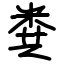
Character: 粪